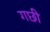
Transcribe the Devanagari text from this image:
गछी